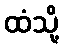
ထံသို့